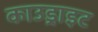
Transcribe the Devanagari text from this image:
काउड्राइट